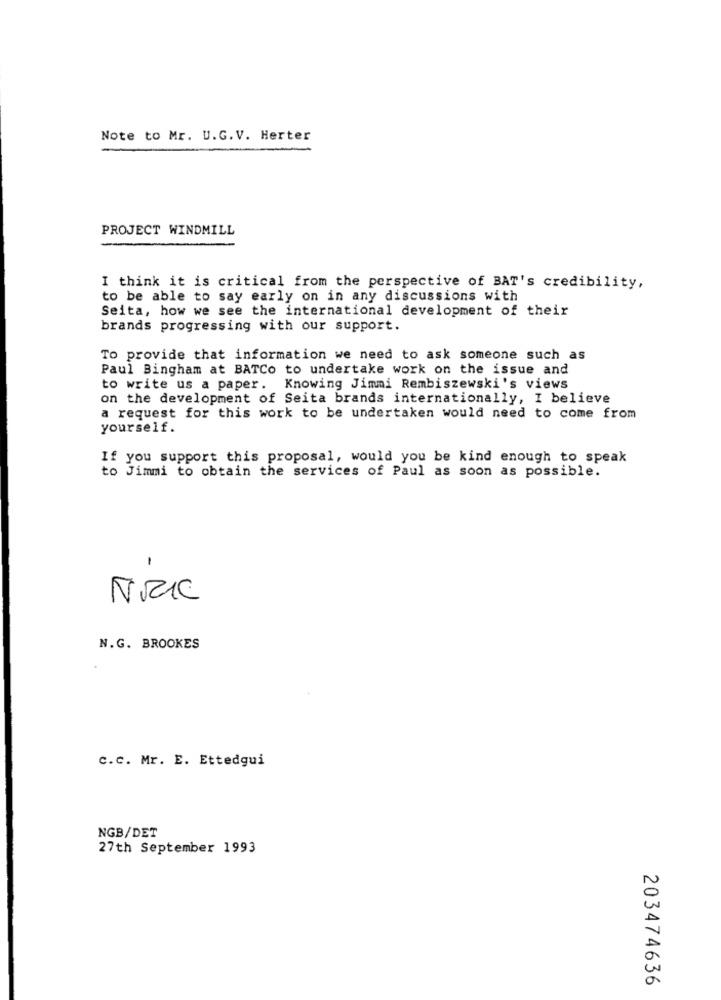
Note to Mr. U.G.V. Herter
PROJECT WINDMILL
I think it is critical from the perspective of BAT's credibility,
to be able to say early on in any discussions with
Seita, how we see the international development of their
brands progressing with our support.
To provide that information we need to ask someone such as
Paul Bingham at BATCo to undertake work on the issue and
to write us a paper. Knowing Jimmi Rembiszewski's views
on the development of Seita brands internationally, I believe
a request for this work to be undertaken would need to come from
yourself.
If you support this proposal, would you be kind enough to speak
to Jimmi to obtain the services of Paul as soon as possible.
-
ÑRIC
N.G. BROOKES
C.C. Mr. E. Ettedgui
NGB/DET
27th September 1993
203474636